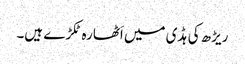
ریڑھ کی ہڈی میں اَٹھارہ ٹکڑے ہیں۔